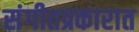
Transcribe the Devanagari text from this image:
संगीतप्रकारात